Annual administration report of the Civil Veterinary Department of India - 1898-1899
Year: 1898
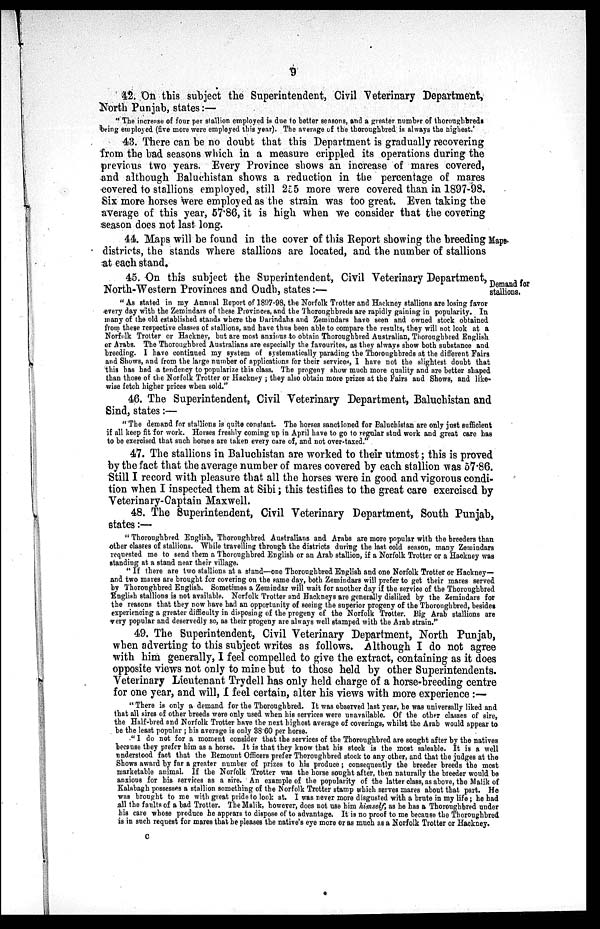
9
42. On this subject the Superintendent, Civil Veterinary Department,
North Punjab, states:—
"The increase of four per stallion employed is due to better seasons, and a greater number of thoroughbreds
being employed (five more were employed this year). The average of the thoroughbred is always the highest.'
43. There can be no doubt that this Department is gradually recovering
from the bad seasons which in a measure crippled its operations during the
previous two years. Every Province shows an increase of mares covered,
and although Baluchistan shows a reduction in the percentage of mares
covered to stallions employed, still 255 more were covered than in 1897-98.
Six more horses were employed as the strain was too great. Even taking the
average of this year, 57.86, it is high when we consider that the covering
season does not last long.
44. Maps will be found in the cover of this Report showing the breeding Maps
districts, the stands where stallions are located, and the number of stallions
at each stand.
Demand for
stallions.
45. On this subject the Superintendent, Civil Veterinary Department,
North-Western Provinces and Oudh, states:—
"As stated in my Annual Report of 1897-98, the Norfolk Trotter and Hackney stallions are losing favor
every day with the Zemindars of these Provinces, and the Thoroughbreds are rapidly gaining in popularity. In
many of the old established stands where the Darindahs and Zemindars have seen and owned stock obtained
from these respective classes of stallions, and have thus been able to compare the results, they will not look at a
Norfolk Trotter or Hackney, but are most anxious to obtain Thoroughbred Australian, Thoroughbred English
or Arabs. The Thoroughbred Australians are especially the favourites, as they always show both substance and
breeding. I have continued my system of systematically parading the Thoroughbreds at the different Fairs
and Shows, and from the large number of applications for their services, I have not the slightest doubt that
this has had a tendency to popularize this class. The progeny show much more quality and are better shaped
than those of the Norfolk Trotter or Hackney; they also obtain more prizes at the Fairs and Shows, and like-
wise fetch higher prices when sold."
46. The Superintendent, Civil Veterinary Department, Baluchistan and
Sind, states:—
"The demand for stallions is quite constant. The horses sanctioned for Baluchistan are only just sufficient
if all keep fit for work. Horses freshly coming up in April have to go to regular stud work and great care has
to be exercised that such horses are taken every care of, and not over-taxed."
47. The stallions in Baluchistan are worked to their utmost; this is proved
by the fact that the average number of mares covered by each stallion was 57.86.
Still I record with pleasure that all the horses were in good and vigorous condi-
tion when I inspected them at Sibi; this testifies to the great care exercised by
Veterinary-Captain Maxwell.
48. The Superintendent, Civil Veterinary Department, South Punjab,
states:—
"Thoroughbred English, Thoroughbred Australians and Arabs are more popular with the breeders than
other classes of stallions. While travelling through the districts during the last cold season, many Zemindars
requested me to send them a Thoroughbred English or an Arab stallion, if a Norfolk Trotter or a Hackney was
standing at a stand near their village.
"If there are two stallions at a stand—one Thoroughbred English and one Norfolk Trotter or Hackney—
and two mares are brought for covering on the same day, both Zemindars will prefer to get their mares served
by Thoroughbred English. Sometimes a Zemindar will wait for another day if the service of the Thoroughbred
English stallions is not available. Norfolk Trotter and Hackneys are generally disliked by the Zemindars for
the reasons that they now have had an opportunity of seeing the superior progeny of the Thoroughbred, besides
experiencing a greater difficulty in disposing of the progeny of the Norfolk Trotter. Big Arab stallions are
very popular and deservedly so, as their progeny are always well stamped with the Arab strain."
49. The Superintendent, Civil Veterinary Department, North Punjab,
when adverting to this subject writes as follows. Although I do not agree
with him generally, I feel compelled to give the extract, containing as it does
opposite views not only to mine but to those held by other Superintendents.
Veterinary Lieutenant Trydell has only held charge of a horse-breeding centre
for one year, and will, I feel certain, alter his views with more experience:—
"There is only a demand for the Thoroughbred. It was observed last year, he was universally liked and
that all sires of other breeds were only used when his services were unavailable. Of the other classes of sire,
the Half-bred and Norfolk Trotter have the next highest average of coverings, whilst the Arab would appear to
be the least popular; his average is only 38.60 per horse.
"I do not for a moment consider that the services of the Thoroughbred are sought after by the natives
because they prefer him as a horse. It is that they know that his stock is the most saleable. It is a well
understood fact that the Remount Officers prefer Thoroughbred stock to any other, and that the judges at the
Shows award by far a greater number of prizes to his produce; consequently the breeder breeds the most
marketable animal. If the Norfolk Trotter was the horse sought after, then naturally the breeder would be
anxious for his services as a sire. An example of the popularity of the latter class, as above, the Malik of
Kalabagh possesses a stallion something of the Norfolk Trotter stamp which serves mares about that part. He
was brought to me with great pride to look at. I was never more disgusted with a brute in my life; he had
all the faults of a bad Trotter. The Malik, however, does not use him himself, as he has a Thoroughbred under
his care whose produce he appears to dispose of to advantage. It is no proof to me because the Thoroughbred
is in such request for mares that he pleases the native's eye more or as much as a Norfolk Trotter or Hackney.
C